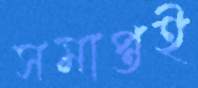
সমাপ্তই